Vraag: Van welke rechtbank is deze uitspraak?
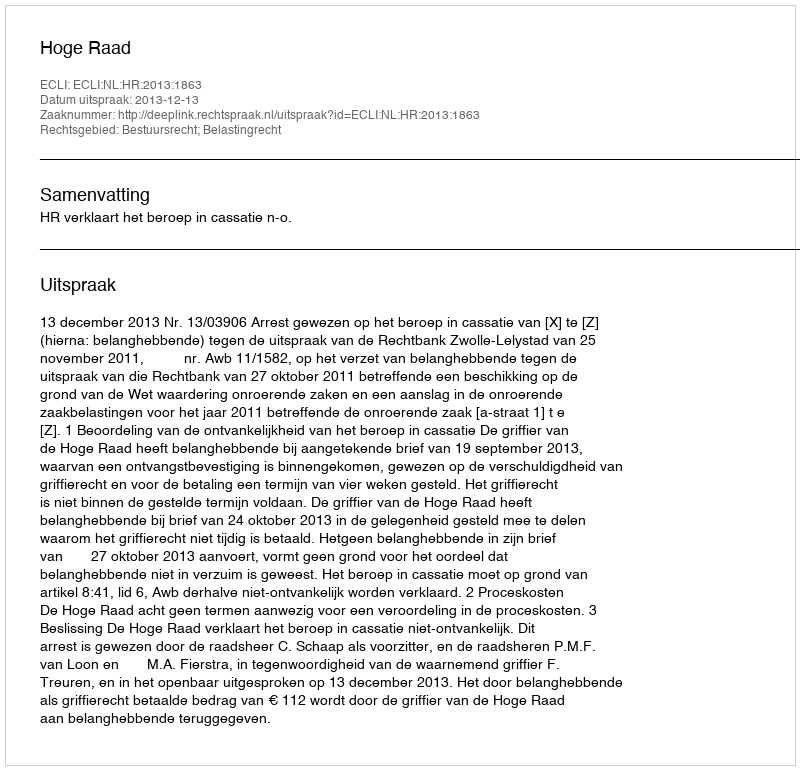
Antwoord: Hoge Raad